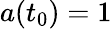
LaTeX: a(t_{0})=1